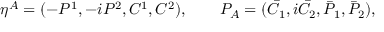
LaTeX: \eta ^ { A } = ( - { \cal P } ^ { 1 } , - i { \cal P } ^ { 2 } , { \cal C } ^ { 1 } , { \cal C } ^ { 2 } ) , \qquad { \cal P } _ { A } = ( { \bar { \cal C } } _ { 1 } , i { \bar { \cal C } } _ { 2 } , { \bar { \cal P } } _ { 1 } , { \bar { \cal P } } _ { 2 } ) ,